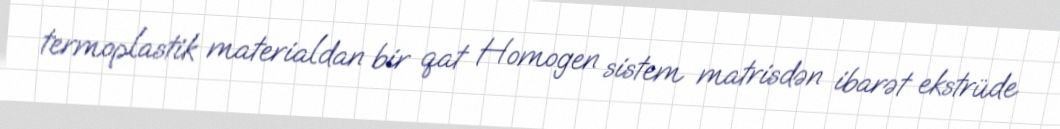
termoplastik materialdan bir qat Homogen sistem matrisdən ibarət ekstrüde